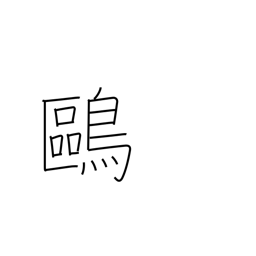
Meaning: tern